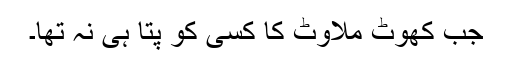
جب کھوٹ ملاوٹ کا کسی کو پتا ہی نہ تھا۔